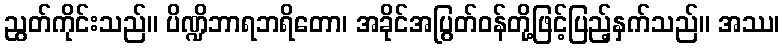
ညွတ်ကိုင်းသည်။ ပိဏ္ဍိဘာရဘရိတော၊ အခိုင်အပြွတ်ဝန်တို့ဖြင့်ပြည့်နှက်သည်။ အဿ၊